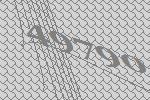
49790